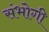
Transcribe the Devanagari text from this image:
संभोगी